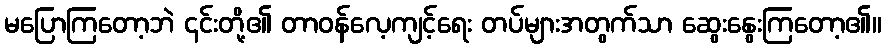
မပြောကြတော့ဘဲ ၎င်းတို့၏ တာဝန်လေ့ကျင့်ရေး တပ်များအတွက်သာ ဆွေးနွေးကြတော့၏။